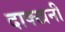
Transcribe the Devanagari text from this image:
दाक्खनी